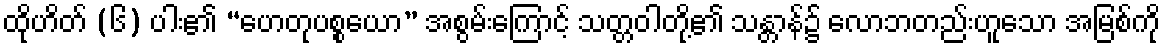
ထိုဟိတ် (၆) ပါး၏ “ဟေတုပစ္စယော” အစွမ်းကြောင့် သတ္တဝါတို့၏ သန္တာန်၌ လောဘတည်းဟူသော အမြစ်ကို